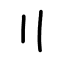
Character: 〢